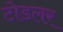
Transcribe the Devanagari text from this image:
टोडलर